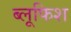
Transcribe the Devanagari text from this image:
ब्लूफिश